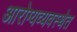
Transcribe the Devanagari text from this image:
आरोग्यव्यवस्थेत